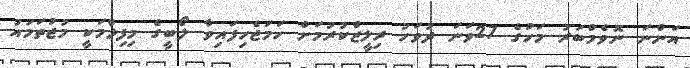
އަންނަ ނޮވެމްބަރު މަހުގެ 27ވަނަ ދުވަހު ރިލީޒްކުރުމަށް ހަމަޖެހިފައިވާ ލޯބީގެ މިފިލްމަކީ މުޖުތަމައު